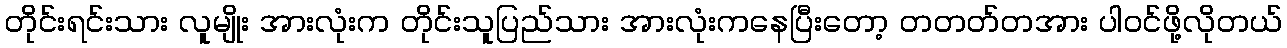
တိုင်းရင်းသား လူမျိုး အားလုံးက တိုင်းသူပြည်သား အားလုံးကနေပြီးတော့ တတတ်တအား ပါဝင်ဖို့လိုတယ်